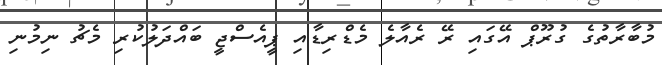
މުބާރާތުގެ ގުރޫޕް އޭގައި ރޭ ރެއާލެ މެޑްރިޑާއި ޕީއެސްޖީ ބައްދަލުކުރި މެޗު ނިމުނި